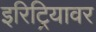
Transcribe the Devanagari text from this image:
इरिट्रियावर